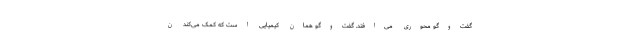
گفت‌و‌گو محوری می‌افتد. گفت‌و‌گو همان کیمیایی است که کمک می‌کند ن